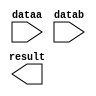
// megafunction wizard: %LPM_ADD_SUB%VBB%
// GENERATION: STANDARD
// VERSION: WM1.0
// MODULE: LPM_ADD_SUB 

// ============================================================
// Megafunction Name(s):
// 			LPM_ADD_SUB
//
// Simulation Library Files(s):
// 			lpm
// ============================================================
// ************************************************************
// THIS IS A WIZARD-GENERATED FILE. DO NOT EDIT THIS FILE!
//
// 18.1.0 Build 625 09/12/2018 SJ Lite Edition
// ************************************************************

//Copyright (C) 2018  Intel Corporation. All rights reserved.
//Your use of Intel Corporation's design tools, logic functions 
//and other software and tools, and its AMPP partner logic 
//functions, and any output files from any of the foregoing 
//(including device programming or simulation files), and any 
//associated documentation or information are expressly subject 
//to the terms and conditions of the Intel Program License 
//Subscription Agreement, the Intel Quartus Prime License Agreement,
//the Intel FPGA IP License Agreement, or other applicable license
//agreement, including, without limitation, that your use is for
//the sole purpose of programming logic devices manufactured by
//Intel and sold by Intel or its authorized distributors.  Please
//refer to the applicable agreement for further details.

module add8u (
	dataa,
	datab,
	result);

	input	[7:0]  dataa;
	input	[7:0]  datab;
	output	[7:0]  result;

endmodule

// ============================================================
// CNX file retrieval info
// ============================================================
// Retrieval info: PRIVATE: CarryIn NUMERIC "0"
// Retrieval info: PRIVATE: CarryOut NUMERIC "0"
// Retrieval info: PRIVATE: ConstantA NUMERIC "0"
// Retrieval info: PRIVATE: ConstantB NUMERIC "0"
// Retrieval info: PRIVATE: Function NUMERIC "0"
// Retrieval info: PRIVATE: INTENDED_DEVICE_FAMILY STRING "Cyclone V"
// Retrieval info: PRIVATE: LPM_PIPELINE NUMERIC "0"
// Retrieval info: PRIVATE: Latency NUMERIC "0"
// Retrieval info: PRIVATE: Overflow NUMERIC "0"
// Retrieval info: PRIVATE: RadixA NUMERIC "10"
// Retrieval info: PRIVATE: RadixB NUMERIC "10"
// Retrieval info: PRIVATE: Representation NUMERIC "1"
// Retrieval info: PRIVATE: SYNTH_WRAPPER_GEN_POSTFIX STRING "0"
// Retrieval info: PRIVATE: ValidCtA NUMERIC "0"
// Retrieval info: PRIVATE: ValidCtB NUMERIC "0"
// Retrieval info: PRIVATE: WhichConstant NUMERIC "0"
// Retrieval info: PRIVATE: aclr NUMERIC "0"
// Retrieval info: PRIVATE: clken NUMERIC "0"
// Retrieval info: PRIVATE: nBit NUMERIC "8"
// Retrieval info: PRIVATE: new_diagram STRING "1"
// Retrieval info: LIBRARY: lpm lpm.lpm_components.all
// Retrieval info: CONSTANT: LPM_DIRECTION STRING "ADD"
// Retrieval info: CONSTANT: LPM_HINT STRING "ONE_INPUT_IS_CONSTANT=NO,CIN_USED=NO"
// Retrieval info: CONSTANT: LPM_REPRESENTATION STRING "UNSIGNED"
// Retrieval info: CONSTANT: LPM_TYPE STRING "LPM_ADD_SUB"
// Retrieval info: CONSTANT: LPM_WIDTH NUMERIC "8"
// Retrieval info: USED_PORT: dataa 0 0 8 0 INPUT NODEFVAL "dataa[7..0]"
// Retrieval info: USED_PORT: datab 0 0 8 0 INPUT NODEFVAL "datab[7..0]"
// Retrieval info: USED_PORT: result 0 0 8 0 OUTPUT NODEFVAL "result[7..0]"
// Retrieval info: CONNECT: @dataa 0 0 8 0 dataa 0 0 8 0
// Retrieval info: CONNECT: @datab 0 0 8 0 datab 0 0 8 0
// Retrieval info: CONNECT: result 0 0 8 0 @result 0 0 8 0
// Retrieval info: GEN_FILE: TYPE_NORMAL add8u.v TRUE
// Retrieval info: GEN_FILE: TYPE_NORMAL add8u.inc TRUE
// Retrieval info: GEN_FILE: TYPE_NORMAL add8u.cmp TRUE
// Retrieval info: GEN_FILE: TYPE_NORMAL add8u.bsf TRUE
// Retrieval info: GEN_FILE: TYPE_NORMAL add8u_inst.v TRUE
// Retrieval info: GEN_FILE: TYPE_NORMAL add8u_bb.v TRUE
// Retrieval info: LIB_FILE: lpm